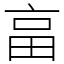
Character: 畗